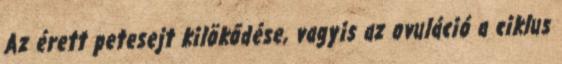
Az érett petesejt kilökődése, vagyis az ovuláció a ciklus